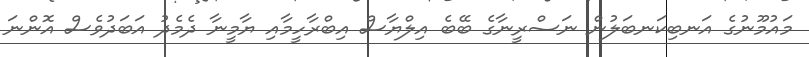
މައުމޫނުގެ އަނބިކަނބަލުން ނަސްރީނާގެ ބޭބެ އިލްޔާސް އިބްރާހީމާއި ޔާމީނާ ދެމެދު އަބަދުވެސް އޮންނަ